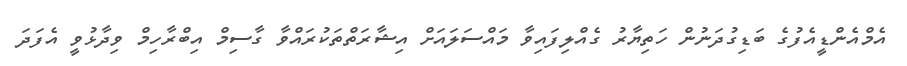
އެމްއެންޑީއެފުގެ ބަޑިގުދަނުން ހަތިޔާރު ގެއްލިފައިވާ މައްސަލައަށް އިޝާރަތްތަކުރައްވާ ގާސިމް އިބްރާހިމް ވިދާޅުވީ އެފަދަ